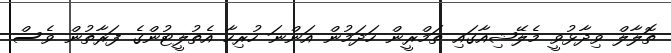
ތޮލާލް ވިދާޅުވީ މެލޭޝިއާގައި ތަމްރީން ހަދަމުން އަންނަ ހުރިހާ އެތުލީޓުންގެ ފަރާތުން ވެސް